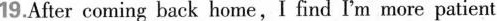
19.After coming back home,I find I'm more patient